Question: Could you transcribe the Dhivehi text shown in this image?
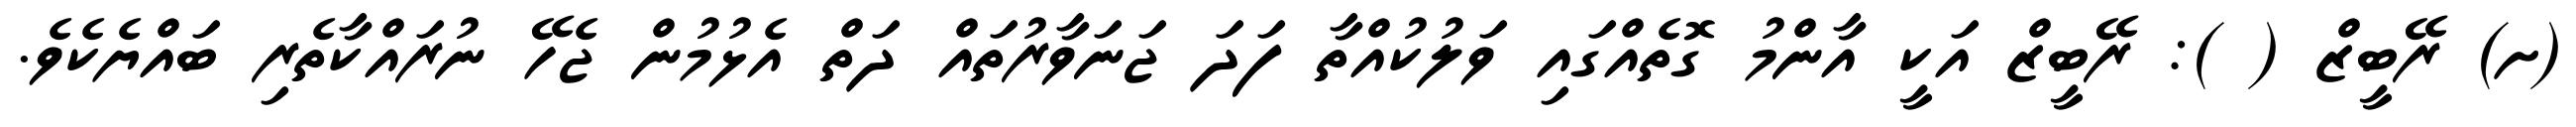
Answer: (ށ) ރޭބީޒް ( ): ރޭބީޒް އަކީ އާންމު ގޮތެއްގައި ވަލުކުއްތާ ފަދަ ޖަނަވާރުތައް ދަތް އެޅުމުން ޖެހޭ ނުރައްކާތެރި ބައްޔެކެވެ.